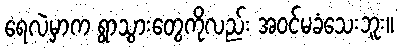
ရေလဲမှာက ရွာသွားတွေကိုလည်း အဝင်မခံသေးဘူး။